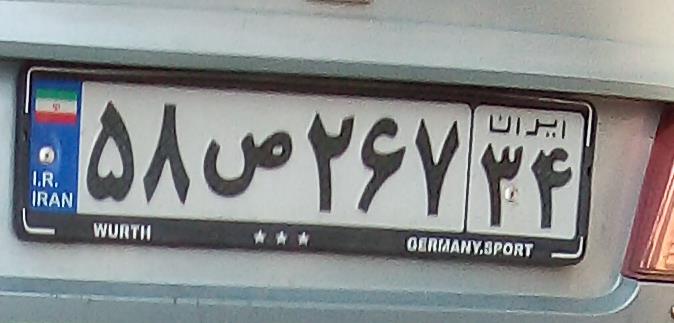
۵۸ص۲۶۷۳۴